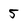
Character: 5